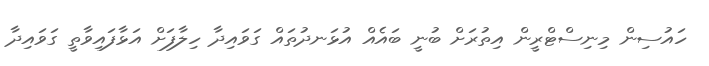
ހައުސިން މިނިސްޓްރީން އިތުރަށް ބުނީ ބައެއް އުޅަނދުތައް ގަވައިދާ ހިލާފަށް އަޅާފައިވާތީ ގަވައިދާ